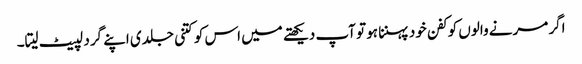
اگر مرنے والوں کو کفن خود پہننا ہو تو آپ دیکھتے میں اس کو کتنی جلدی اپنے گرد لپیٹ لیتا۔